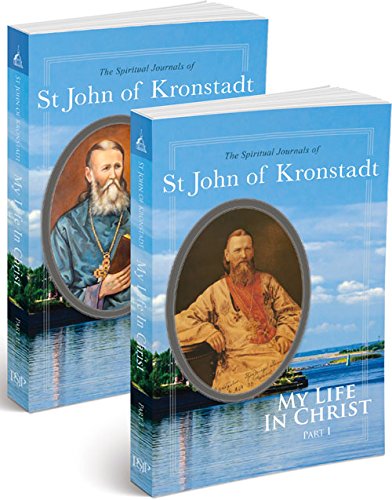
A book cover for My Life in Christ: The Spiritual Journals of St John of Kronstadt; Ivan Ilyich Sergiev; Christian Books & Bibles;